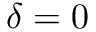
\delta = 0